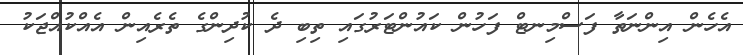
އެހެން އިންނަތާ ފަސްމިނޓް ފަހުން ކައުންޓަރުގައި ތިބި ދެ ކުދިންގެ ތެރެއިން އެއްކުއްޖަކު